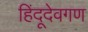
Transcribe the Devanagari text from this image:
हिंदूदेवगण